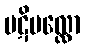
ပဋိမလ္လော